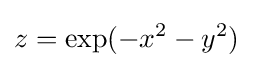
z=\exp(-x^{2}-y^{2})